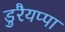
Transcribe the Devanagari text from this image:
डुरैयप्पा